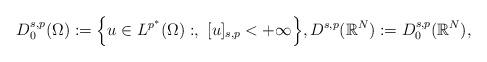
LaTeX: \begin{align*}D^{s,p}_0(\Omega):=\Big\{u\in L^{p^*}(\Omega): ,\,\, [u]_{s,p}<+\infty\Big\},D^{s,p}(\mathbb{R}^N):=D^{s,p}_0(\mathbb{R}^N),\end{align*}